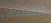
البقشيش